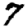
Digit: 7